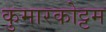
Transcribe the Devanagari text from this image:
कुमारकोट्टम